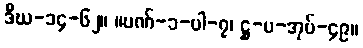
ဒီဃ-၁၄-၆၂။ ။ပဏ်-၁-ပါ-၇၊ ဋ္ဌ-ပ-အုပ်-၄၉။